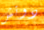
دوتش